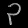
Digit: ၃